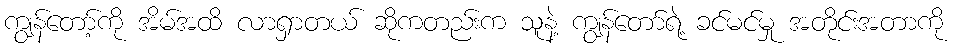
ကျွန်တော့်ကို အိမ်အထိ လာရှာတယ် ဆိုကတည်းက သူနဲ့ ကျွန်တော်ရဲ့ ခင်မင်မှု အတိုင်းအတာကို